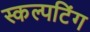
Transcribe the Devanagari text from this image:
स्कल्पटिंग